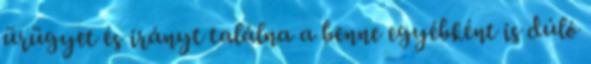
ürügyet és irányt találna a benne egyébként is dúló